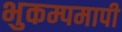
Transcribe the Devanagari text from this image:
भुकम्पमापी